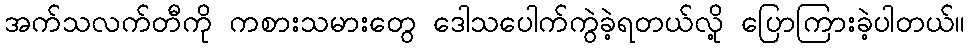
အက်သလက်တီကို ကစားသမားတွေ ဒေါသပေါက်ကွဲခဲ့ရတယ်လို့ ပြောကြားခဲ့ပါတယ်။